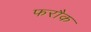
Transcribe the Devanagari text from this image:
फरौक